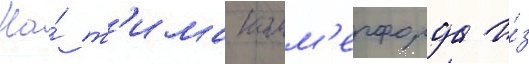
На́ т'има комм'ерфорда и́з